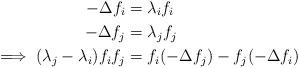
LaTeX: \begin{align*}-\Delta f_i &= \lambda_i f_i \\-\Delta f_j &= \lambda_j f_j \\\implies (\lambda_j -\lambda_i)f_if_j &= f_i(-\Delta f_j)-f_j(-\Delta f_i) &&\end{align*}